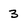
Character: 3